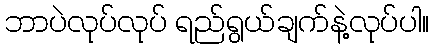
ဘာပဲလုပ်လုပ် ရည်ရွယ်ချက်နဲ့လုပ်ပါ။